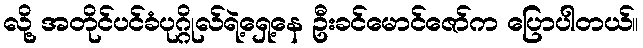
လို့ အတိုင်ပင်ခံပုဂ္ဂိုလ်ရဲ့ရှေ့နေ ဦးခင်မောင်ဇော်က ပြောပါတယ်။